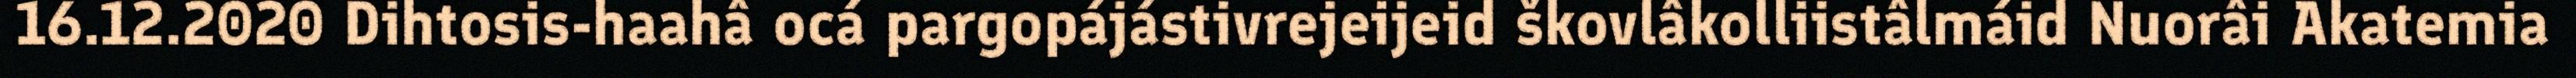
16.12.2020 Dihtosis-haahâ ocá pargopájástivrejeijeid škovlâkolliistâlmáid Nuorâi Akatemia